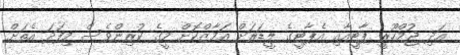
އަދި ޖުމްހޫރީ ޕާޓީއާއި އެޕާޓީގެ ލީޑަރަށް އަމާޒްކޮށް މީގެ ކުރިންވެސް މިފަދަ އެތަށް